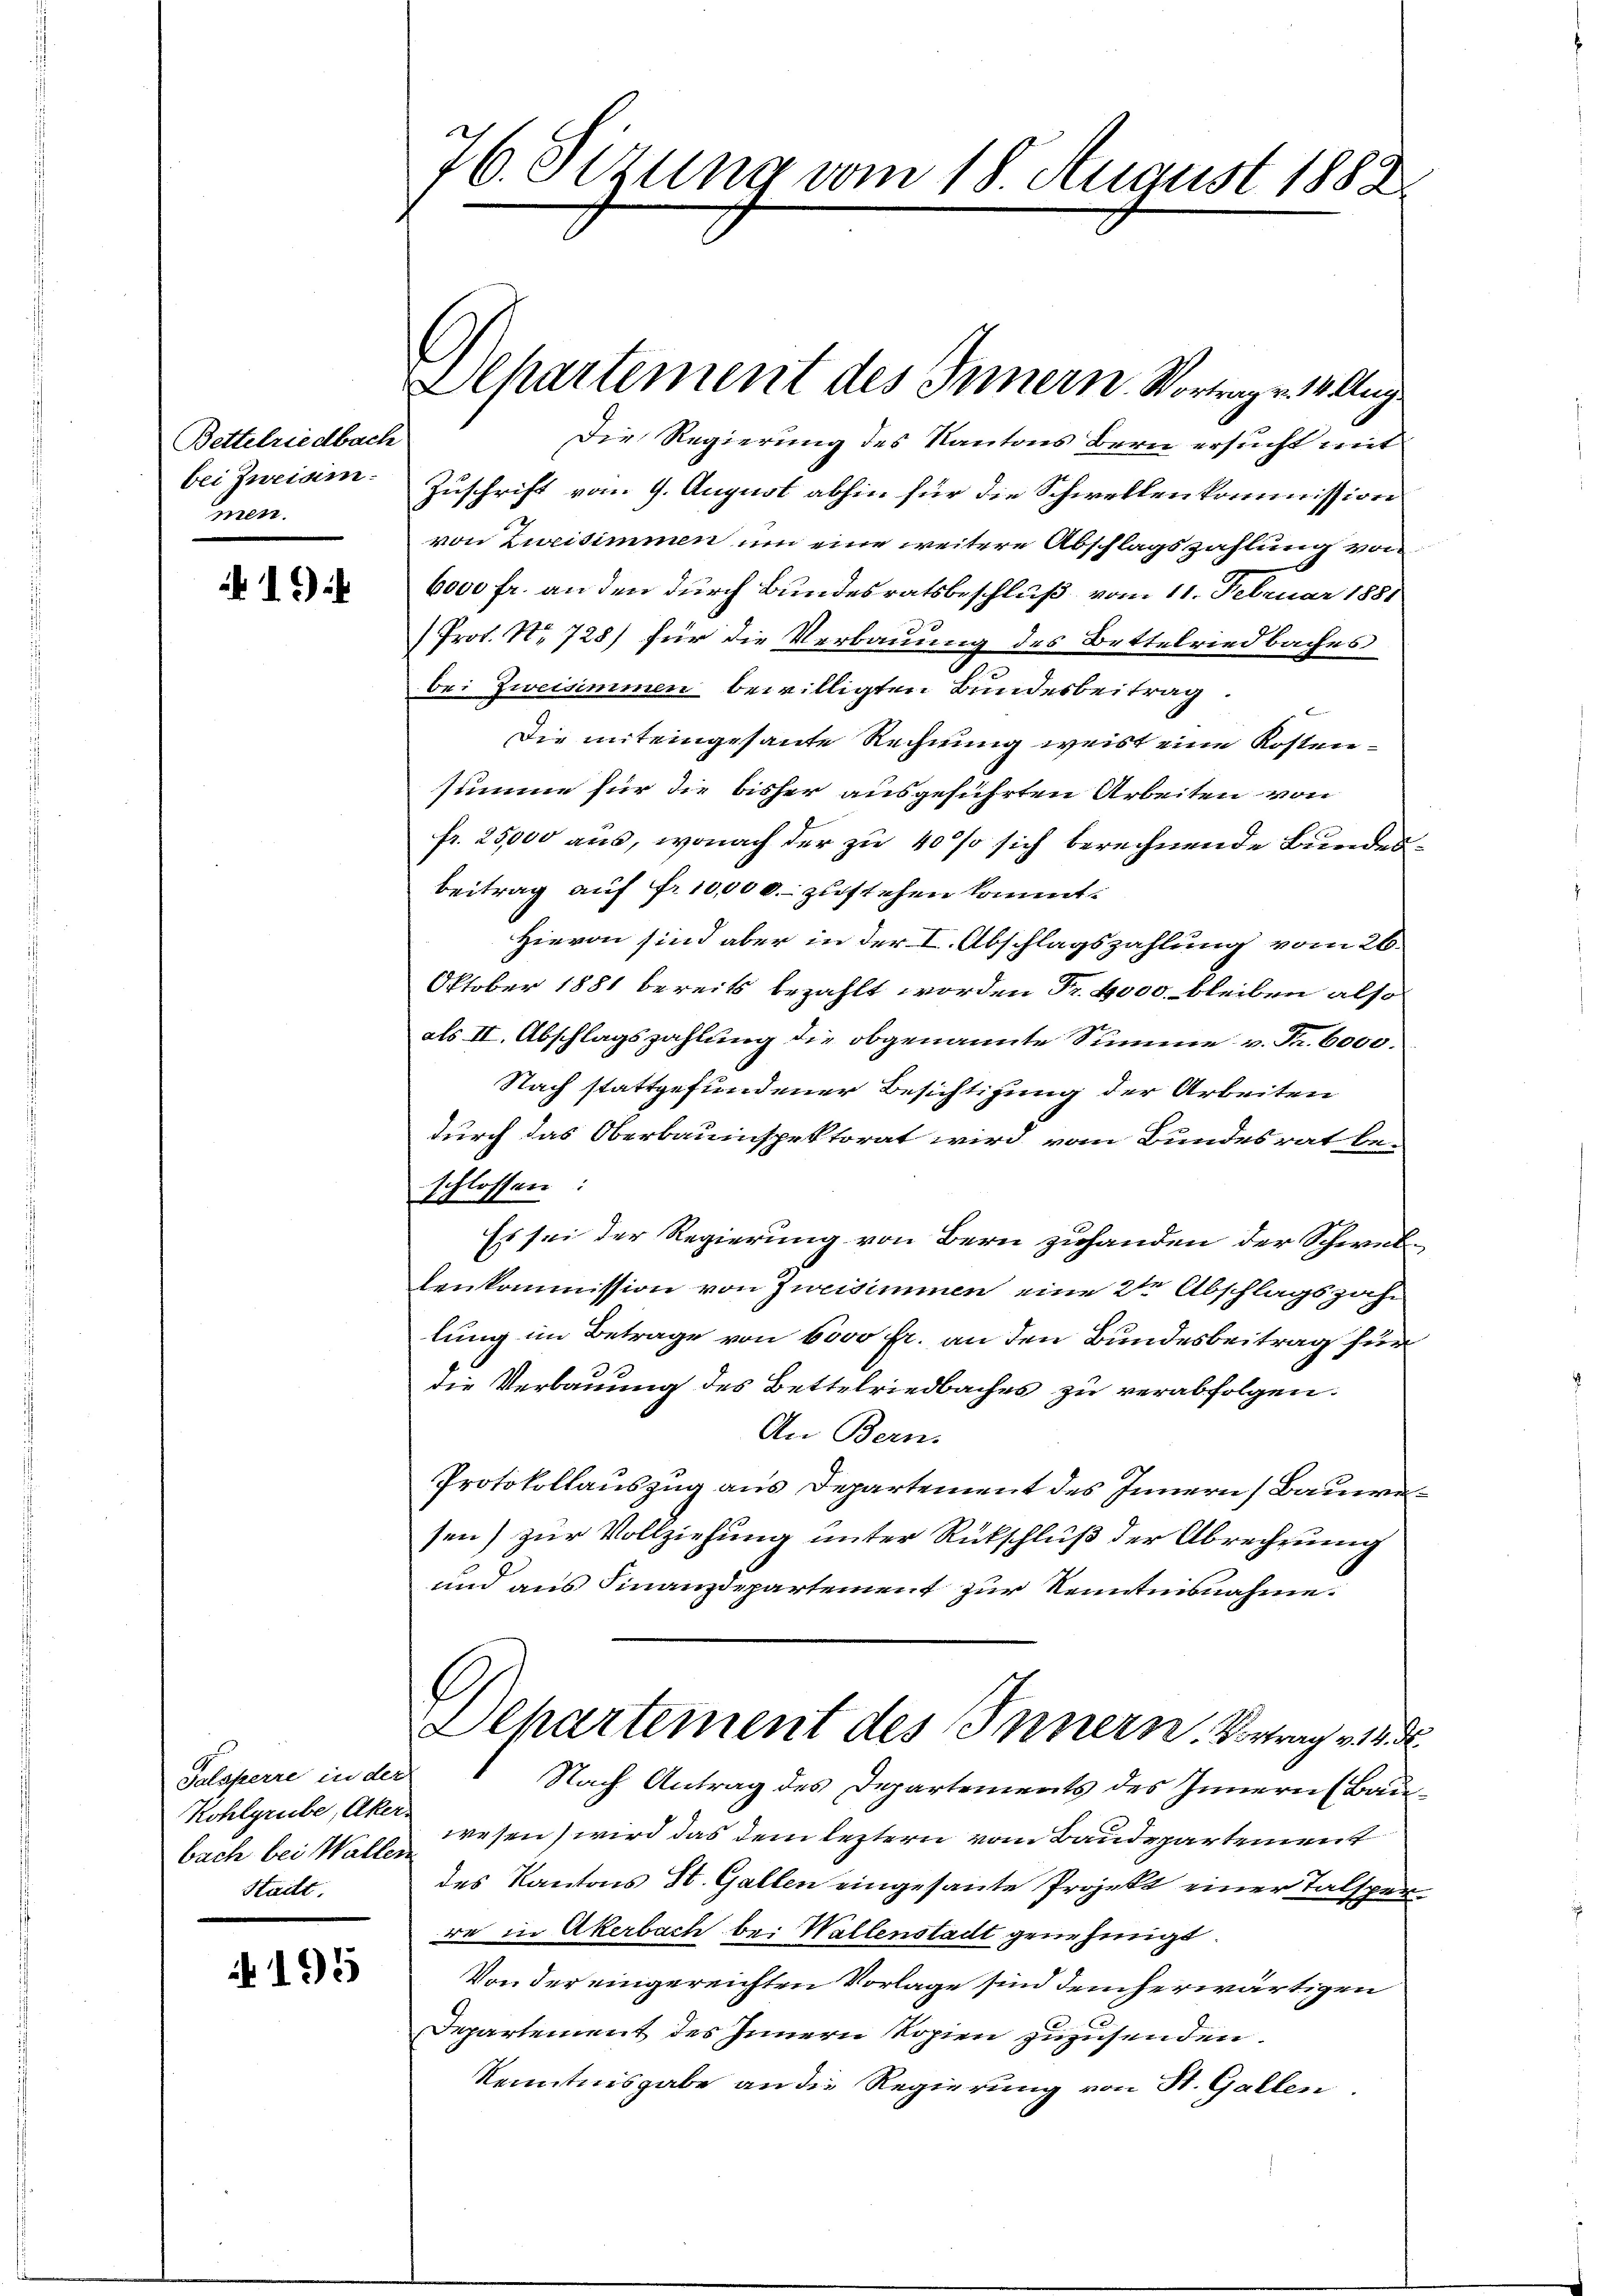
Bettelriedbach
bei Iuriam
men.

1)

Salsperre in der
Kohlgrube, Aker-
Stailt.

195

76. Sezung vom 18. August 1882

Departement des Innern. Vortragen 10. Aug.

Die Regierung des Kantons Bern ersucht mit
Zuschrift vom 9. August abhin für die Schwellenkommission
von Zweisimmen um eine weitere Abschlagszahlung von
6000 fr. an den durch Bundesratsbeschluß, vom 11. Februar 1881
Prot. No 728) für die Verbauung des Bettelriedbaches
bei Zweisimmen bewilligten Bundesbeitrag.
e
Die miteingesante Rechnung weist eine Kostensumme für die bisher ausgeführten Arbeiten von
fr. 25,000 aus, wonach der zu 40% sich berechnende Bundesbeitrag auf fr. 10,000. zustehen kommt.
Hievon sind aber in der I. Abschlagszahlung vom 26.
Oktober 1881 bereits bezahlt worden Fr. 4000 bleiben also
als II. Abschlagszahlung die obgenannte Summe v. Fr. 6000.
Nach stattgefundener Besichtigung der Arbeiten
durch das Oberbauinspektorat wird vom Bundesrat be-
schlossen:
Es sei der Regierung von Bern zuhanden der Schwellenkommission von Zweisimmen eine 2 Abschlagszahl
lung im Betrage von 6000 fl. an den Bundesbeitrag für
32
die Verbauung des Bettelriedbaches zu verabfolgen.
An Bern.
Protokollauszug aus Departement des Innern (Bauwesen) zur Vollziehung unter Rückschluß der Abrechnung
und aus Finanzdepartement zur Kenntnisnahme.
Dehartement des Innern. Vortrag v. 14. d.
Nach Antrag des Departements des Innern (Bau
bach bei Walle wesen) wird das dem leztern vom Baudepartement
des Kantons St. Gallen eingesante Projekt einer Talsperre in Akerbach bei Wallenstadt genehmigt.
Von der eingereichten Vorlage sind dem herwärtigen
Departement des Innern Kopien zuzusenden.
Kenntnisgabe an die Regierung von St. Gallen.